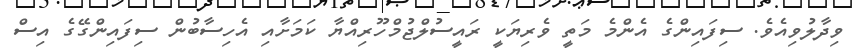
ވިދާލުވިއެވެ. ސިފައިންގެ އެންމެ މަތީ ވެރިޔަކީ ރައީސުލްޖުމްހޫރިއްޔާ ކަމަށާއި އެހިސާބުން ސިފައިންގޭގެ އިސް